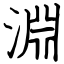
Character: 淵